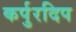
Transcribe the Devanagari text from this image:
कर्पुरदिप